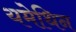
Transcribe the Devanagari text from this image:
यमेथिन